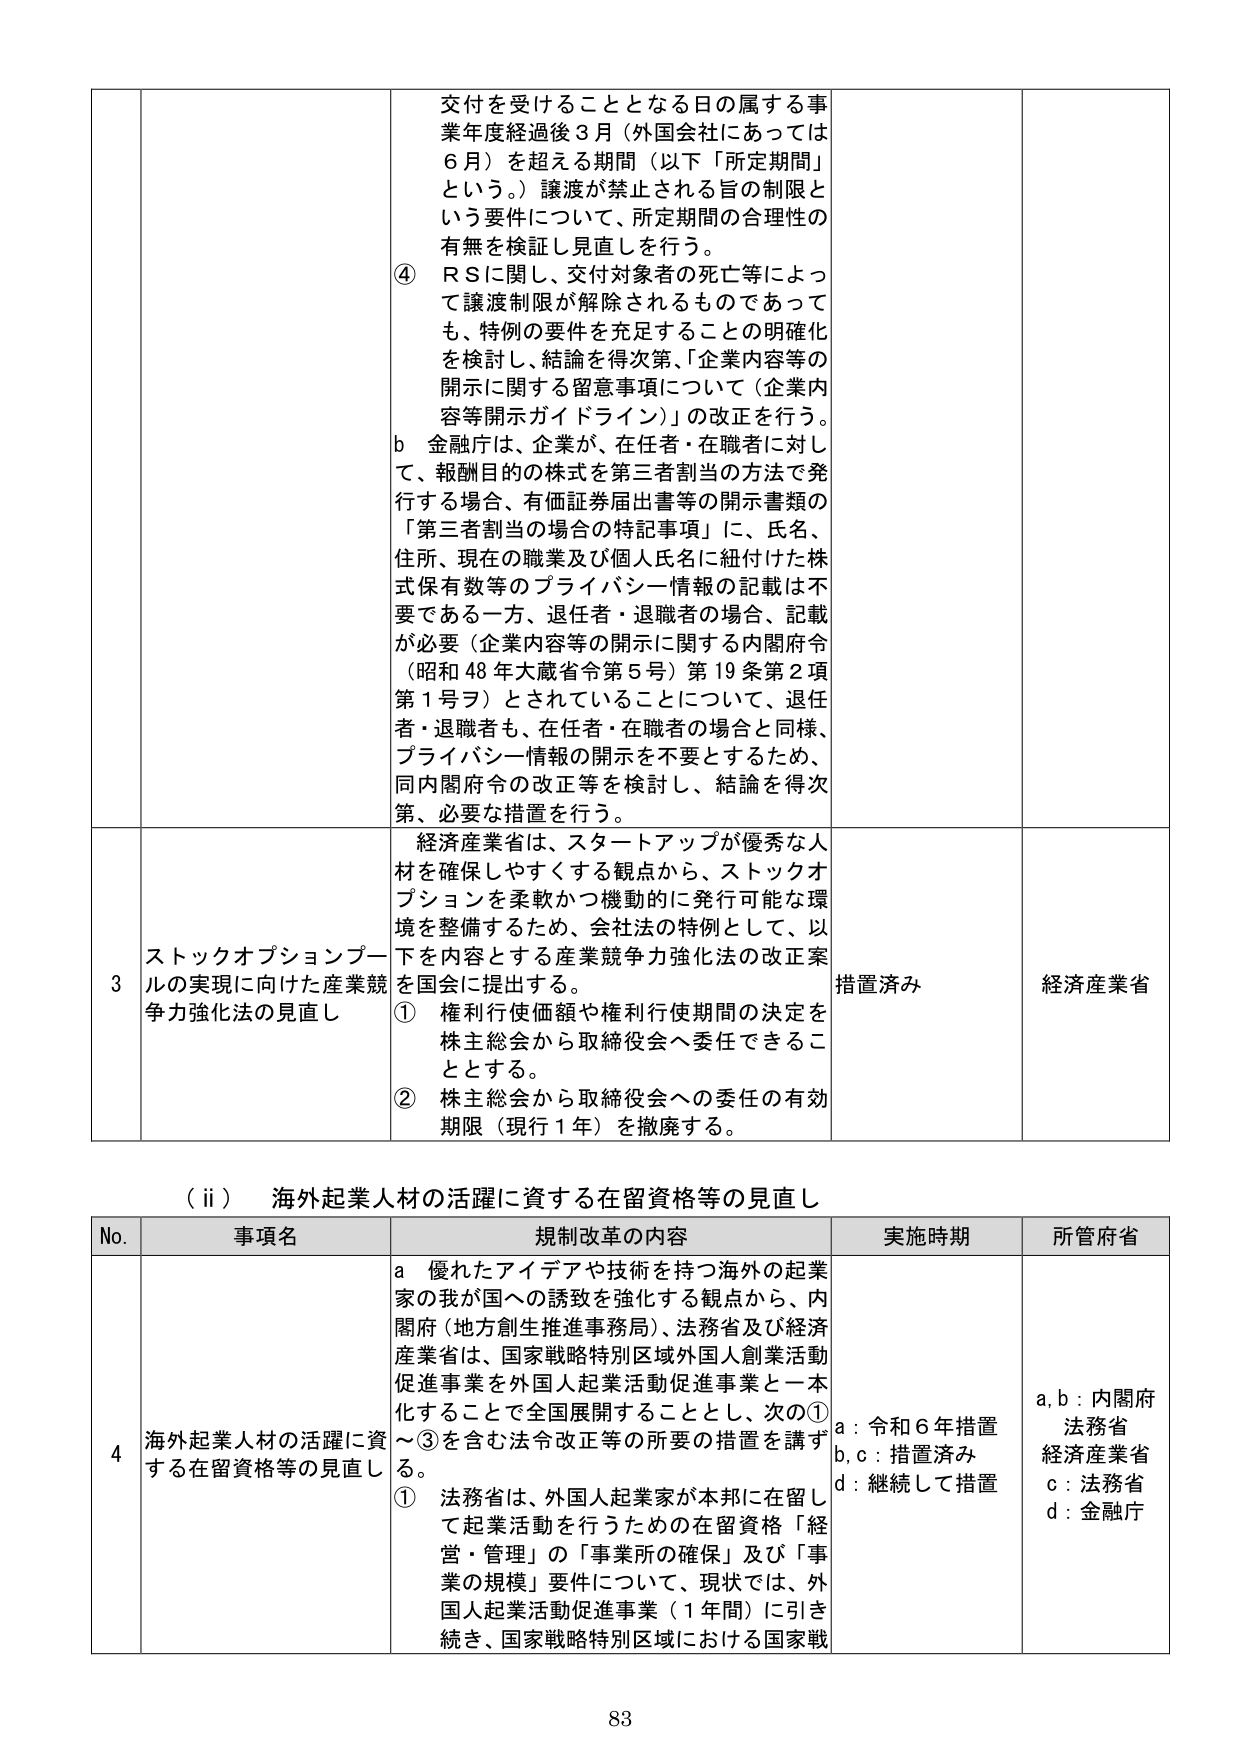
交付を受けることとなる日の属する事業年度経過後３月（外国会社にあっては６月）を超える期間（以下「所定期間」という。）譲渡が禁止される旨の制限という要件について、所定期間の合理性の有無を検証し見直しを行う。

④ ＲＳに関し、交付対象者の死亡等によって譲渡制限が解除されるものであっても、特例の要件を充足することの明確化を検討し、結論を得次第、「企業内容等の開示に関する留意事項について（企業内容等開示ガイドライン）」の改正を行う。

ｂ 金融庁は、企業が、在任者・在職者に対して、報酬目的の株式を第三者割当の方法で発行する場合、有価証券届出書等の開示書類の「第三者割当の場合の特記事項」に、氏名、住所、現在の職業及び個人氏名に紐付けた株式保有数等のプライバシー情報の記載は不要である一方、退任者・退職者の場合、記載が必要（企業内容等の開示に関する内閣府令（昭和48年大蔵省令第5号）第19条第2項第1号ヲ）とされていることについて、退任者・退職者も、在任者・在職者の場合と同様、プライバシー情報の開示を不要とするため、同内閣府令の改正等を検討し、結論を得次第、必要な措置を行う。

３ ストックオプションプールの実現に向けた産業競争力強化法の見直し

経済産業省は、スタートアップが優秀な人材を確保しやすくする観点から、ストックオプションを柔軟かつ機動的に発行可能な環境を整備するため、会社法の特例として、以下を内容とする産業競争力強化法の改正案を国会に提出する。

① 権利行使価額や権利行使期間の決定を株主総会から取締役会へ委任できることとする。

② 株主総会から取締役会への委任の有効期限（現行１年）を撤廃する。

措置済み

経済産業省

（ⅱ） 海外起業人材の活躍に資する在留資格等の見直し

No. 事項名 規制改革の内容 実施時期 所管府省

４ 海外起業人材の活躍に資する在留資格等の見直し

ａ 優れたアイデアや技術を持つ海外の起業家の我が国への誘致を強化する観点から、内閣府（地方創生推進事務局）、法務省及び経済産業省は、国家戦略特別区域外国人創業活動促進事業を外国人起業活動促進事業と一本化することで全国展開することとし、次の①～③を含む法令改正等の所要の措置を講ずる。

① 法務省は、外国人起業家が本邦に在留して起業活動を行うための在留資格「経営・管理」の「事業所の確保」及び「事業の規模」要件について、現状では、外国人起業活動促進事業（１年間）に引き続き、国家戦略特別区域における国家戦

ａ：令和６年措置
ｂ，ｃ：措置済み
ｄ：継続して措置

ａ，ｂ：内閣府
法務省
経済産業省
ｃ：法務省
ｄ：金融庁

83